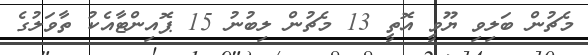
މެޗުން ބަލިވި ޔޫވީ އޮތީ 13 މެޗުން ލިބުނު 15 ޕޮއިންޓާއެކު ތާވަލުގެ